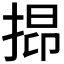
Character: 𢯤